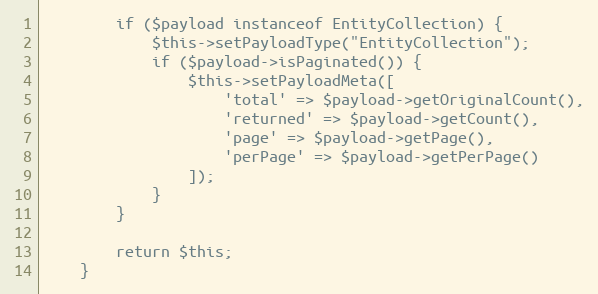
Language: PHP
        if ($payload instanceof EntityCollection) {
            $this->setPayloadType("EntityCollection");
            if ($payload->isPaginated()) {
                $this->setPayloadMeta([
                    'total' => $payload->getOriginalCount(),
                    'returned' => $payload->getCount(),
                    'page' => $payload->getPage(),
                    'perPage' => $payload->getPerPage()
                ]);
            }
        }

        return $this;
    }